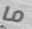
ما